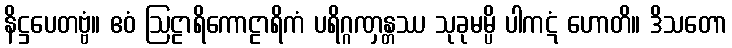
နိဋ္ဌပေတဗ္ဗံ။ ဧဝံ ဩဠာရိကောဠာရိကံ ပရိဂ္ဂဏှန္တဿ သုခုမမ္ပိ ပါကဋံ ဟောတိ။ ဒိသတော